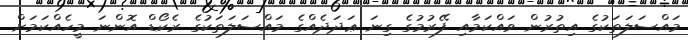
މައްސަލަތަކުގެ އިތުރުން ވައްކަމާއި ފޭރުމުގެ ގިނަ ޢަދަދެއްގެ މައްސަލަތަކުގެ ރެކޯޑް އޮންނަ މީހެއްކަމަށް